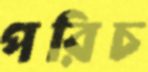
পরিচ